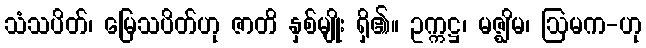
သံသပိတ်၊ မြေသပိတ်ဟု ဇာတိ နှစ်မျိုး ရှိ၏။ ဥက္ကဋ္ဌ၊ မဇ္ဈိမ၊ ဩမက-ဟု